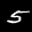
Label: 5